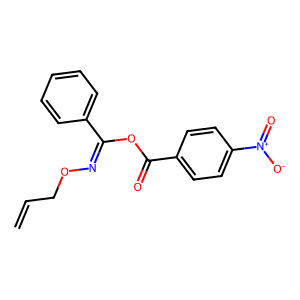
SMILES: C=CCON=C(OC(=O)c1ccc([N+](=O)[O-])cc1)c1ccccc1
Inhibits HIV replication: No